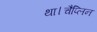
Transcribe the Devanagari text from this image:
था।चैप्लिन